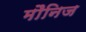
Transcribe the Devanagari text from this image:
मौनिज